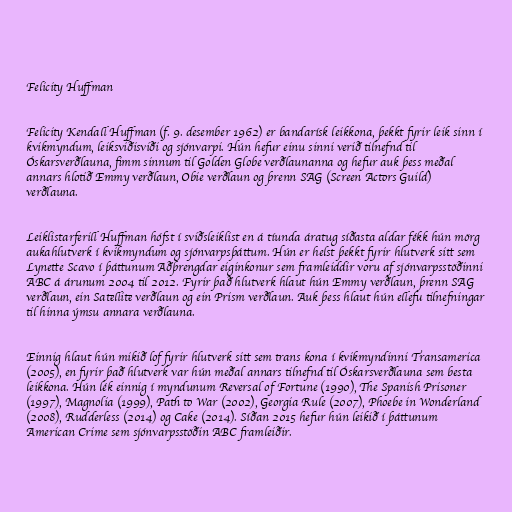
Felicity Huffman

Felicity Kendall Huffman (f. 9. desember 1962) er bandarísk leikkona, þekkt fyrir leik sinn í
kvikmyndum, leiksviðisviði og sjónvarpi. Hún hefur einu sinni verið tilnefnd til
Óskarsverðlauna, fimm sinnum til Golden Globe verðlaunanna og hefur auk þess meðal
annars hlotið Emmy verðlaun, Obie verðlaun og þrenn SAG (Screen Actors Guild)
verðlauna.

Leiklistarferill Huffman hófst í sviðsleiklist en á tíunda áratug síðasta aldar fékk hún mörg
aukahlutverk í kvikmyndum og sjónvarpsþáttum. Hún er helst þekkt fyrir hlutverk sitt sem
Lynette Scavo í þáttunum Aðþrengdar eiginkonur sem framleiddir voru af sjónvarpsstöðinni
ABC á árunum 2004 til 2012. Fyrir það hlutverk hlaut hún Emmy verðlaun, þrenn SAG
verðlaun, ein Satellite verðlaun og ein Prism verðlaun. Auk þess hlaut hún ellefu tilnefningar
til hinna ýmsu annara verðlauna.

Einnig hlaut hún mikið lof fyrir hlutverk sitt sem trans kona í kvikmyndinni Transamerica
(2005), en fyrir það hlutverk var hún meðal annars tilnefnd til Óskarsverðlauna sem besta
leikkona. Hún lék einnig í myndunum Reversal of Fortune (1990), The Spanish Prisoner
(1997), Magnolia (1999), Path to War (2002), Georgia Rule (2007), Phoebe in Wonderland
(2008), Rudderless (2014) og Cake (2014). Síðan 2015 hefur hún leikið í þáttunum
American Crime sem sjónvarpsstöðin ABC framleiðir.